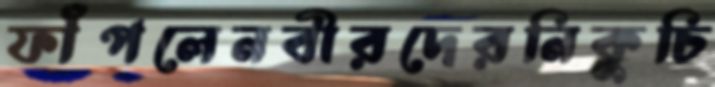
ফাঁপলেনবীরদেরনিকুচি